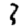
Digit: 3